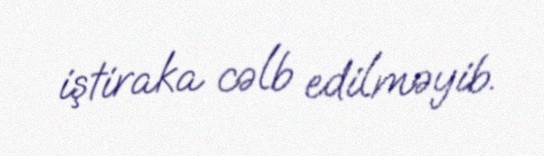
iştiraka cəlb edilməyib.